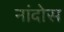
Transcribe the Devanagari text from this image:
नांदोस